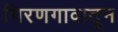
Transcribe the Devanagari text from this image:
गिरणगावातून